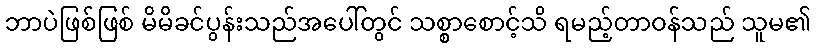
ဘာပဲဖြစ်ဖြစ် မိမိခင်ပွန်းသည်အပေါ်တွင် သစ္စာစောင့်သိ ရမည့်တာဝန်သည် သူမ၏